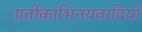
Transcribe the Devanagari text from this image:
प्रतीकाभिनयवादियों